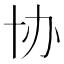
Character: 协